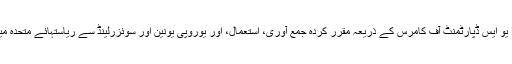
WPO یو ایس ڈپارٹمنٹ آف کامرس کے ذریعہ مقرر کردہ جمع آوری، استعمال، اور یوروپی یونین اور سوئزرلینڈ سے ریاستہائے متحدہ میں منتقل ہوئے ذاتی معلومات کو رکھنے سے متعلق EU-U.S. پرائیویسی شیلڈ کے فریم ورک اور سوئس – یو۔